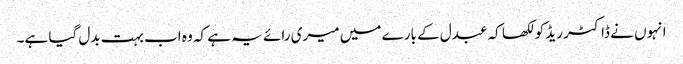
انہوں نے ڈاکٹر ریڈ کو لکھا کہ عبدل کے بارے میں میری رائے یہ ہے کہ وہ اب بہت بدل گیا ہے۔